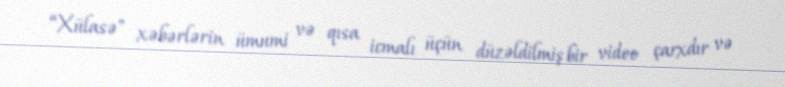
“Xülasə" xəbərlərin ümumi və qısa icmalı üçün düzəldilmiş bir video çarxdır və